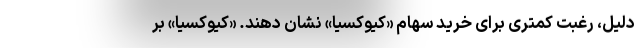
دلیل، رغبت کمتری برای خرید سهام «کیوکسیا» نشان دهند. «کیوکسیا» بر